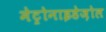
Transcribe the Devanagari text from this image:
मेट्रोनाइडेज़ोल